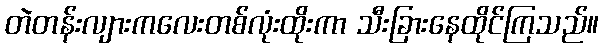
တဲတန်းလျားကလေးတစ်လုံးထိုးကာ သီးခြားနေထိုင်ကြသည်။